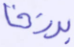
برزخا